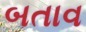
બતાવ